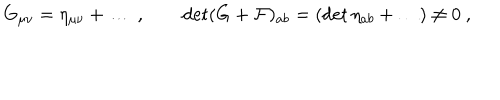
G _ { \mu \nu } = \eta _ { \mu \nu } + \dots \ , \qquad \det ( G + { \cal F } ) _ { a b } = ( \det \eta _ { a b } + \dots ) \neq 0 \ ,